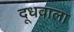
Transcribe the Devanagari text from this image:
दूधवाला